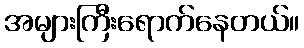
အများကြီးရောက်နေတယ်။